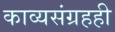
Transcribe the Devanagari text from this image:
काव्यसंग्रहही